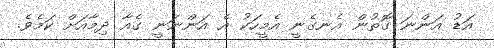
އަޑު އަންނަ ގޮތުން އެނގެނީ އެމީހަކު އެ އަންނަނީ ގެއާ ދިމާއަށް ކަމެވެ.